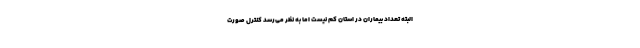
البته تعداد بیماران در استان کم نیست اما به نظر می‌رسد کنترل صورت